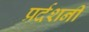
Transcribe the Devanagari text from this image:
प्रर्दशनी